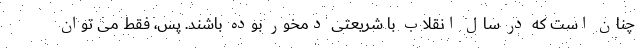
چنان است که در سال انقلاب با شریعتی دمخور بوده باشند. پس، فقط می توان